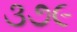
૩૭૯